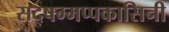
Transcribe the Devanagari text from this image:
सद्षम्मप्पकासिनी